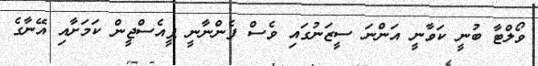
ވޯލްޓާ ބުނީ ކަވާނީ އަންނަ ސީޒަނުގައި ވެސް ފެންނާނީ ޕީއެސްޖީން ކަމަށާއި އޭނާގެ